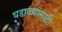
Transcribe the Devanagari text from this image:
घडाळ्यांसाठी